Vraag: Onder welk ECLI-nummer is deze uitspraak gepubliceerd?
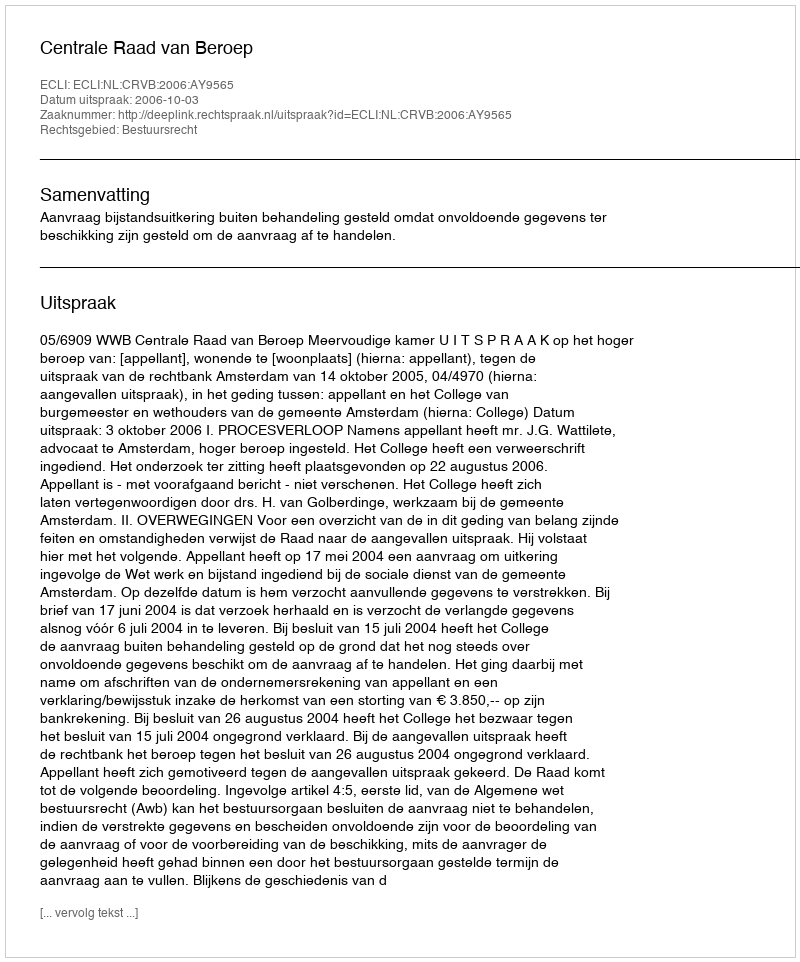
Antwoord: ECLI:NL:CRVB:2006:AY9565